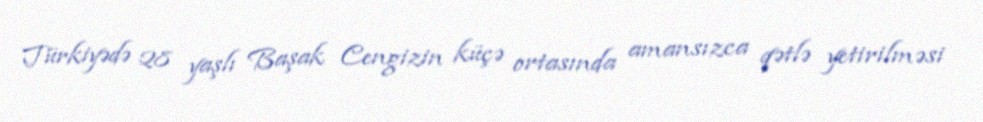
Türkiyədə 28 yaşlı Başak Cengizin küçə ortasında amansızca qətlə yetirilməsi